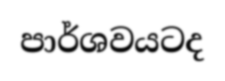
පාර්ශවයටද